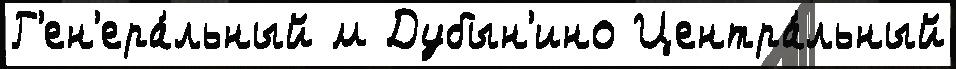
Г'ен'ера́льный м Дубын'ино Центра́льный